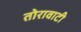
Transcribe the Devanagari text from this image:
तोरावाटी